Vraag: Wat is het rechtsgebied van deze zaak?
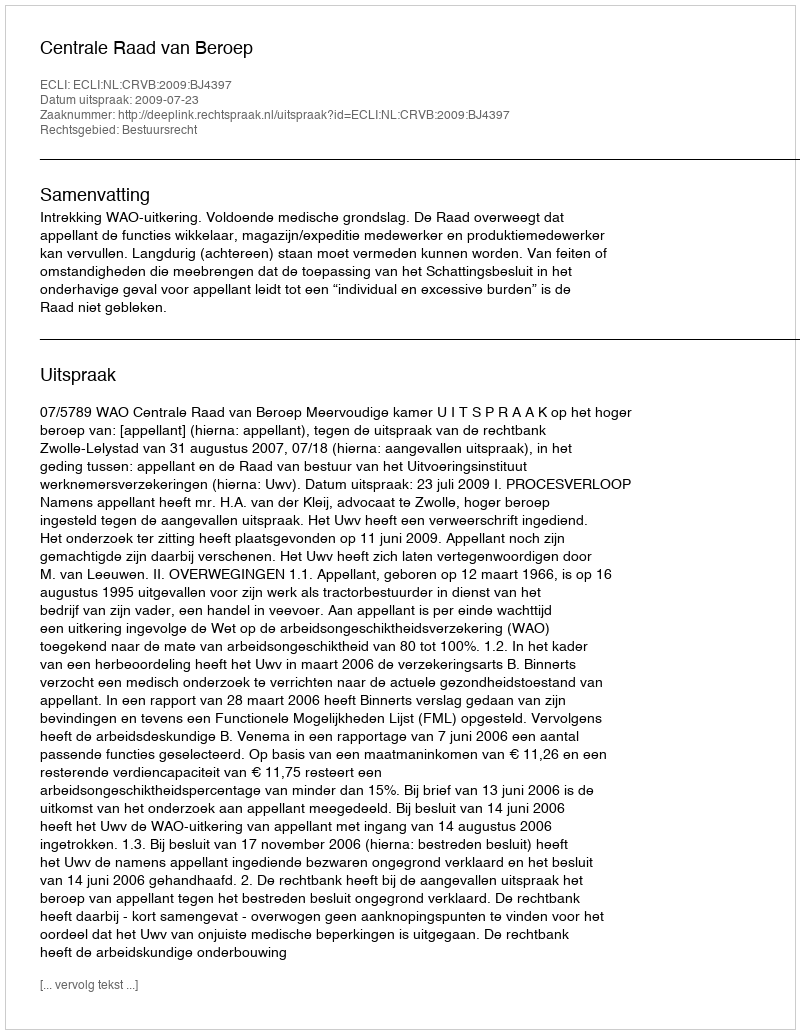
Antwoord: Bestuursrecht